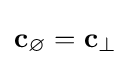
\mathbf {c} _{\varnothing }=\mathbf {c} _{\bot }